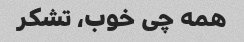
همه چی خوب، تشکر